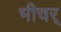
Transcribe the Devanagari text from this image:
भीचर्